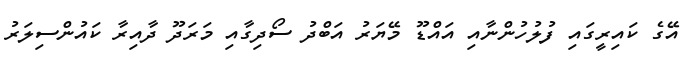
އޭގެ ކައިރީގައި ފުލުހުންނާއި އައްޑޫ މޭޔަރު އަބްދު ސޯދިގާއި މަރަދޫ ދާއިރާ ކައުންސިލަރު